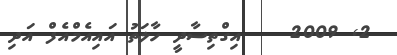
2